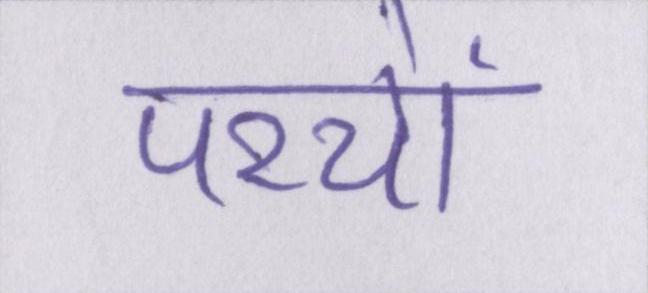
परचों